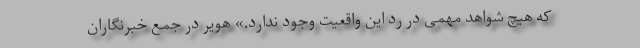
که هیچ شواهد مهمی در رد این واقعیت وجود ندارد.» هویر در جمع خبرنگاران